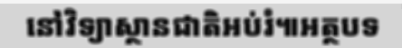
នៅវិទ្យាស្ថានជាតិអប់រំ៕អត្ថបទ